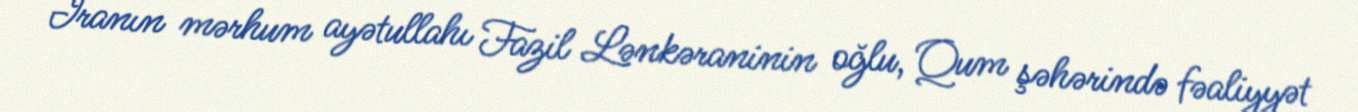
İranın mərhum ayətullahı Fazil Lənkəraninin oğlu, Qum şəhərində fəaliyyət